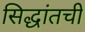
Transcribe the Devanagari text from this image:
सिद्धांतची